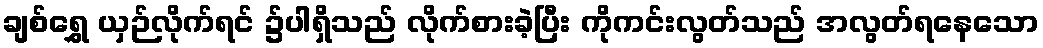
ချစ်ရွှေ ယှဉ်လိုက်ရင် ၌ပါရှိသည် လိုက်စားခဲ့ပြီး ကိုကင်းလွတ်သည် အလွတ်ရနေသော